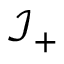
\mathcal { I } _ { + }